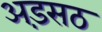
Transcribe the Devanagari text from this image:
अड़सठ